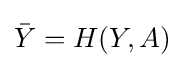
{\bar {Y}}=H(Y,A)